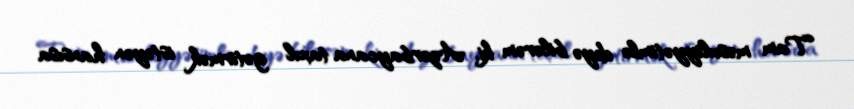
Tam məsuliyyətimlə deyə bilərəm ki, Azərbaycana taxıl gətirmək istəyən hansısa